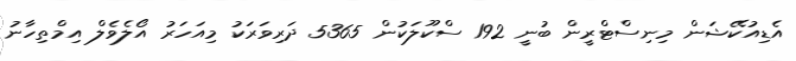
އެޑިއުކޭޝަން މިނިސްޓްރީން ބުނީ 192 ސްކޫލަކުން 5365 ދަރިވަރަކު މިއަހަރު އޯލެވެލް އިމްތިހާނު